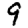
Digit: 9